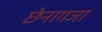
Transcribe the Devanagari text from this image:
छेनागजा